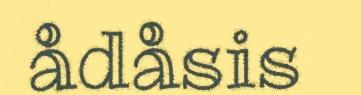
ådåsis